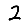
Digit: 2